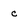
Character: c